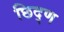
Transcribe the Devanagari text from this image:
छिद्ण